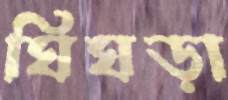
ঘিঘড়া